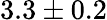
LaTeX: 3.3\pm 0.2